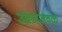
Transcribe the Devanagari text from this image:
उंब्रजजवळ